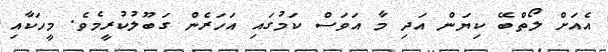
އެއަށް ލޯތްބޭ ކިޔަން އަދި މާ އަވަސް ކަމުގައި އަހަރެން ގަބޫލުކުރީމެވެ. މީހަކާއި